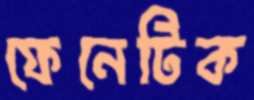
ফেনেটিক